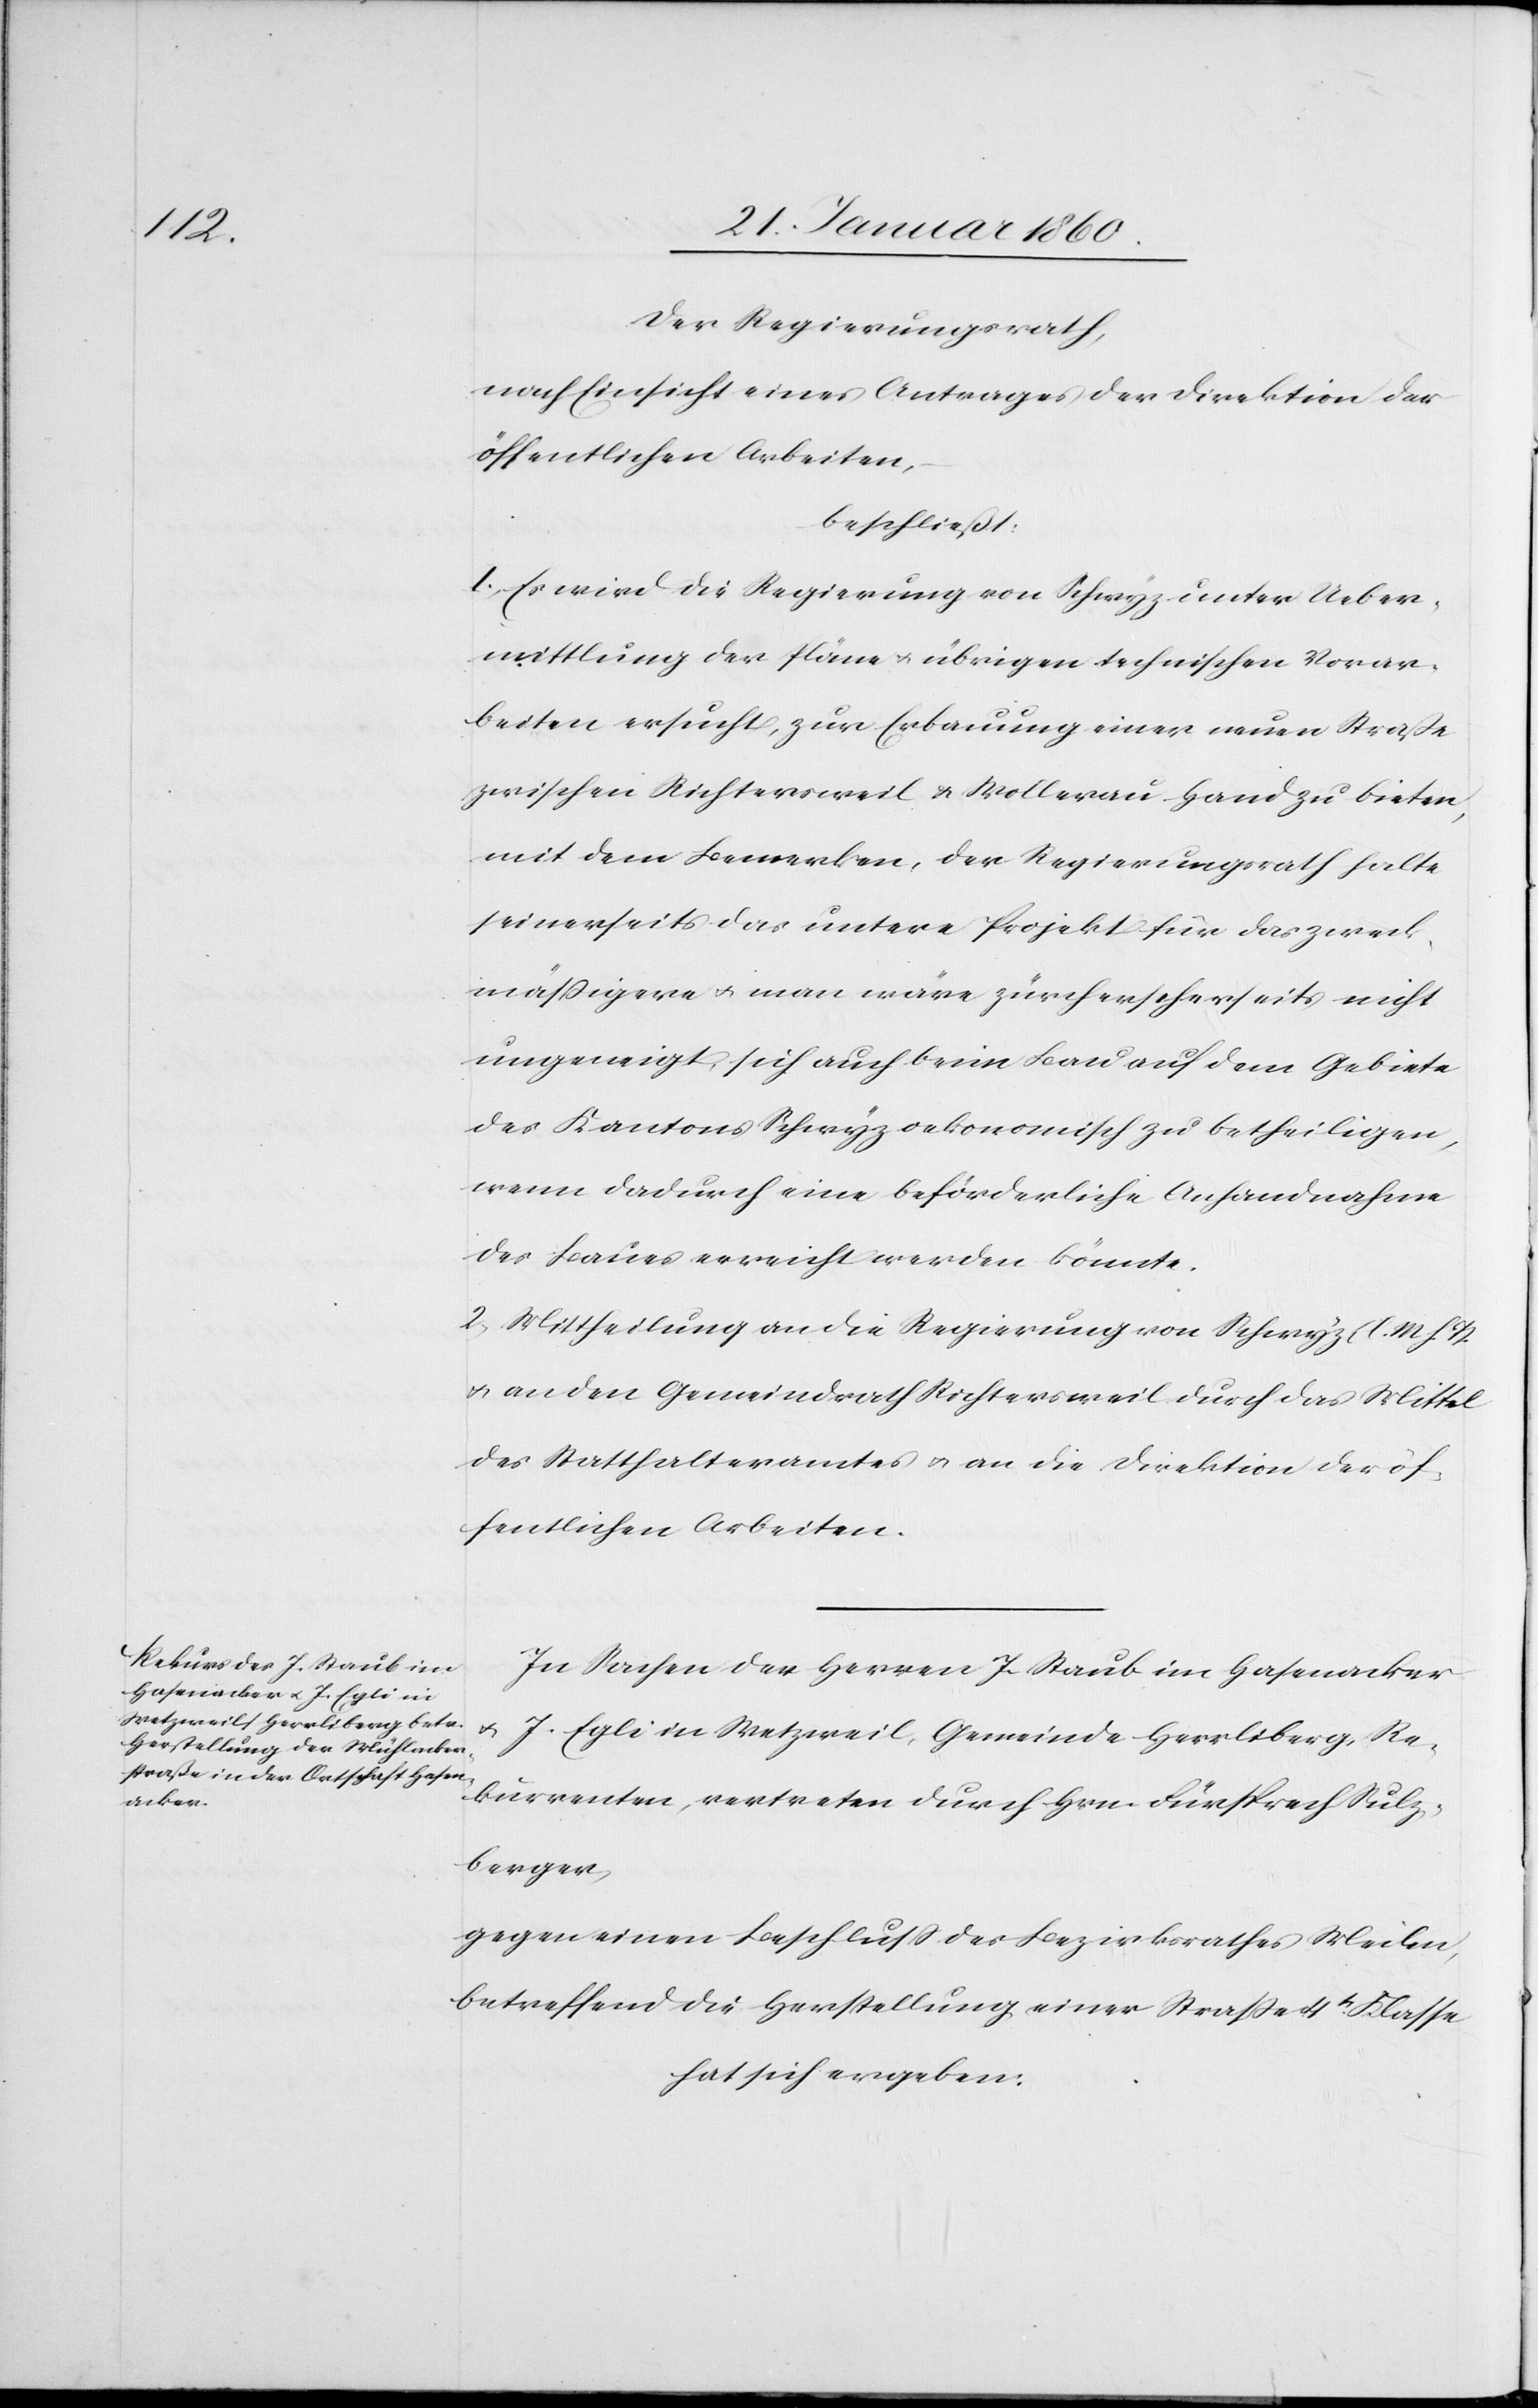
Der Regierungsrath,
nach Einsicht eines Antrages der Direktion der
öffentlichen Arbeiten,
beschließt:
I. Es wird die Regierung von Schwyz unter Ueber¬
mittlung der Pläne u. übrigen technischen Vorar¬
beiten ersucht, zur Erbauung einer neuen Strasse
zwischen Richtersweil u. Wollerau Hand zu bieten,
mit dem Bemerken, der Regierungsrath halte
seinerseits das untere Projekt für das zweck¬
mäßigere u. man wäre zücherseherseits nicht
ungeneigt, sich auch beim Bau auf dem Gebiete
des Kantons Schwyz oekonomisch zu betheiligen,
wenn dadurch eine beförderliche Anhandnahme
des Baues erreicht werden könnte.
2. Mittheilung an die Regierung von Schwyz [l. M. h. T.]
u. an den Gemeindrath Richtersweil durch das Mittel
des Statthalteramtes u. an die Direktion der öf¬
fentlichen Arbeiten.
In Sachen der Herren J. Staub im Hasenacker
u. J. Egli in Wetzweil, Gemeinde Herrliberg, Re¬
kurrenten, vertreten durch Hrn. Fürsprech Sulz¬
berger,
gegen einen Beschluß des Bezirksrathes Meilen,
betreffend die Herstellung einer Strasse 4t Klasse
hat sich ergeben: